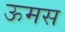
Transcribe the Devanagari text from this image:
ऊमस